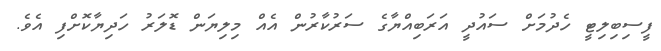
ފީސިބިލިޓީ ހެދުމަށް ސައުދީ އަރަބިއްޔާގެ ސަރުކާރުން އެއް މިލިޔަން ޑޮލަރު ހަދިޔާކޮށްފި އެވެ.